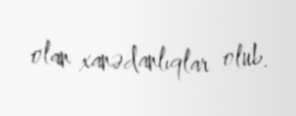
olan xanədanlıqlar olub.